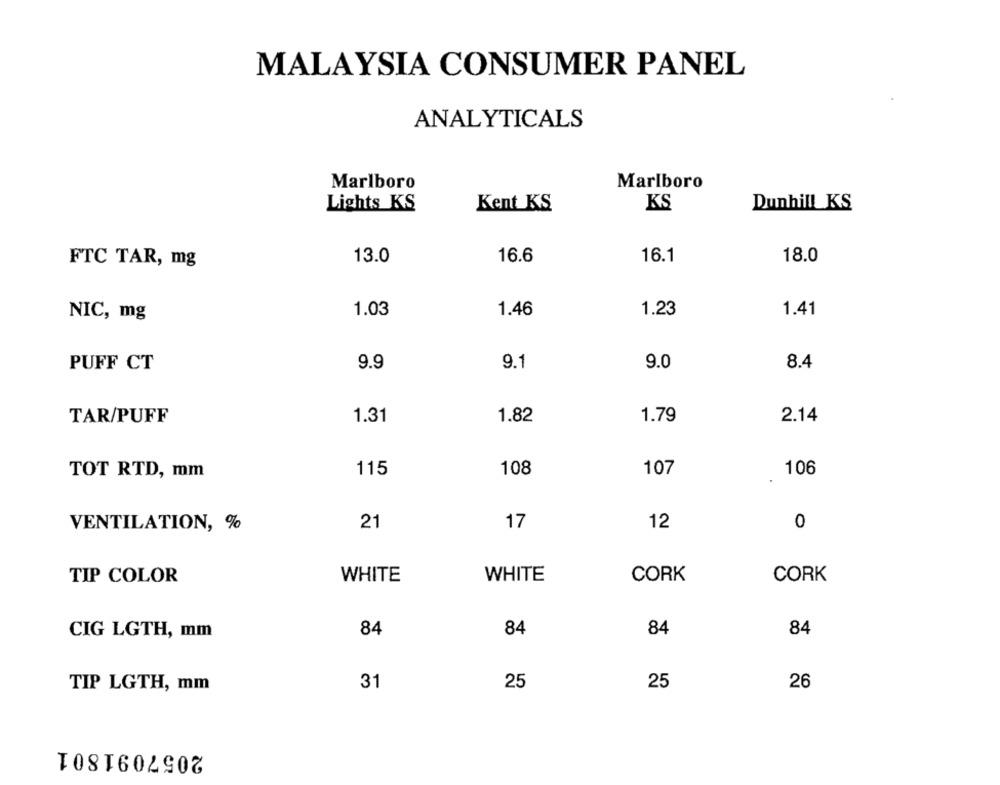
MALAYSIA CONSUMER PANEL
ANALYTICALS
Marlboro
Marlboro
Lights KS
Kent KS
KS
Dunhill_KS
13.0
16.6
16.1
18.0
FTC TAR, mg
1.03
1.46
1.23
1.41
NIC, mg
PUFF CT
9.9
9.1
9.0
8.4
1.31
1.79
2.14
TAR/PUFF
1.82
115
108
107
106
TOT RTD, mm
VENTILATION, %
21
17
12
0
TIP COLOR
WHITE
WHITE
CORK
CORK
CIG LGTH, mm
84
84
84
84
31
26
TIP LGTH, mm
25
25
2057091801